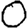
Digit: 0